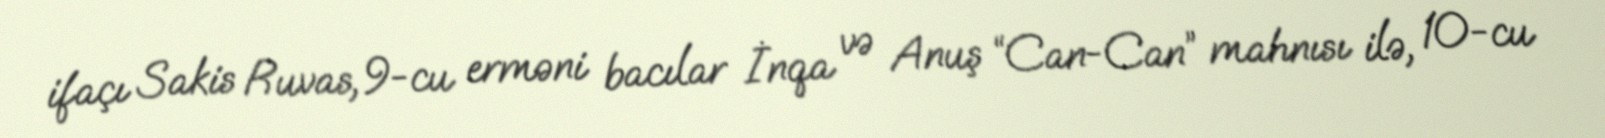
ifaçı Sakis Ruvas, 9-cu erməni bacılar İnqa və Anuş “Can-Can” mahnısı ilə, 10-cu